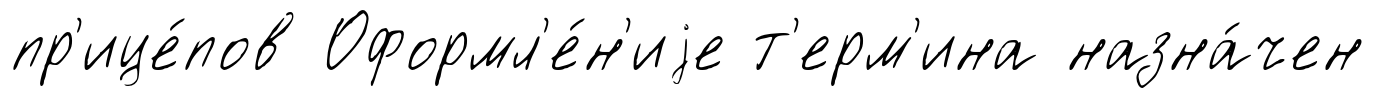
пр'ице́пов Оформл'е́н'иjе т'ерм'ина назна́чен